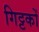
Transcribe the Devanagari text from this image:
गिट्टकों